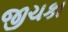
જીચકા